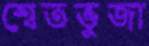
শ্বেতভুজা